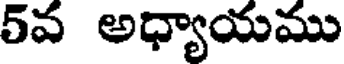
5వ అధ్యాయము